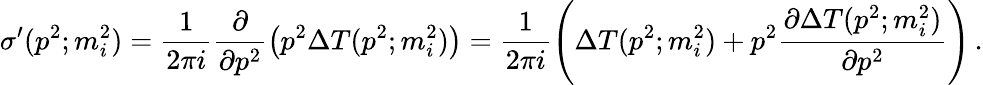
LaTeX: \sigma^{\prime}(p^{2};m_{i}^{2})=\frac{1}{2\pi i}\frac{\partial}{\partial p^{2}}\left(p^{2}\Delta T(p^{2};m_{i}^{2})\right)=\frac{1}{2\pi i}\left(\Delta T(p^{2};m_{i}^{2})+p^{2}\frac{\partial\Delta T(p^{2};m_{i}^{2})}{\partial p^{2}}\right)\, .